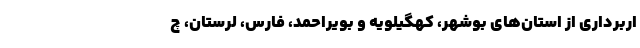
اربرداری از استان‌های بوشهر، کهگیلویه و بویراحمد، فارس، لرستان، چ